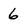
Character: 6